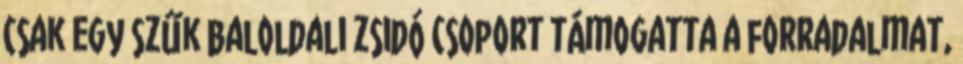
csak egy szűk baloldali zsidó csoport támogatta a forradalmat,